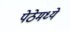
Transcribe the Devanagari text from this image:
पेठेमध्ये